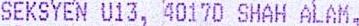
SEKSYEN U13, 40170 SHAH ALAM,